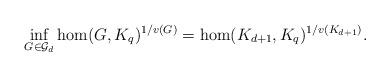
LaTeX: \begin{align*}\inf_{G\in \mathcal{G}_d}\hom(G,K_q)^{1/v(G)}=\hom(K_{d+1},K_q)^{1/v(K_{d+1})}.\end{align*}